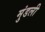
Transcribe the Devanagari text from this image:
मुंडली